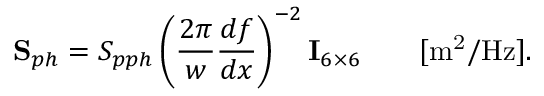
{ \bf S } _ { p h } = S _ { p p h } \left( \frac { 2 \pi } { w } \frac { d f } { d x } \right) ^ { - 2 } { \bf I } _ { 6 \times 6 } \qquad [ \mathrm { m ^ { 2 } / H z } ] .